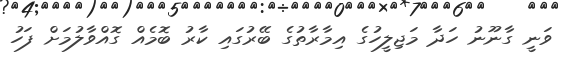
ވަނީ ގާނޫނު ހަދާ މަޖިލީހުގެ އިމާރާތުގެ ބޭރުގައި ކާރު ބޮމެއް ގޮއްވާލުމަށް ފަހު